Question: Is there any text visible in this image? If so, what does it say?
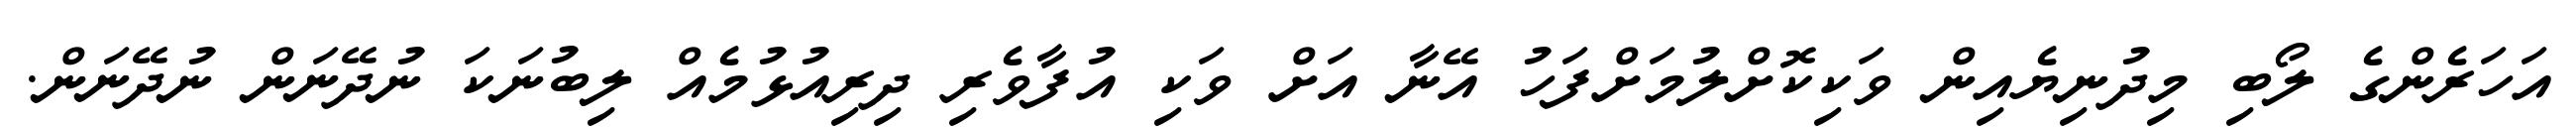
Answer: އަހަރެންގެ ލޯބި މިދުނިޔެއިން ވަކިކޮށްލުމަށްފަހު އޭނާ އަށް ވަކި އުފާވެރި ދިރިއުޅުމެއް ލިބުނަކަ ނުދޭނަން ނުދޭނަން.